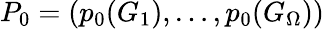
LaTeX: P_{0}=(p_{0}(G_{1}),\dots,p_{0}(G_{\Omega}))